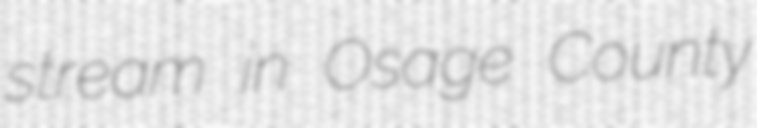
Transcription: stream in Osage County